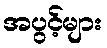
အပွင့်များ